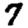
Digit: 7